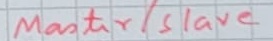
Text: Master/Slave